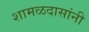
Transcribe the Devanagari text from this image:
शामळदासांनी